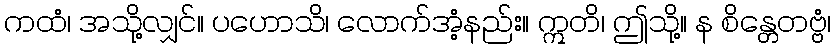
ကထံ၊ အသို့လျှင်။ ပဟောသိ၊ လောက်အံ့နည်း။ ဣတိ၊ ဤသို့။ န စိန္တေတဗ္ဗံ၊